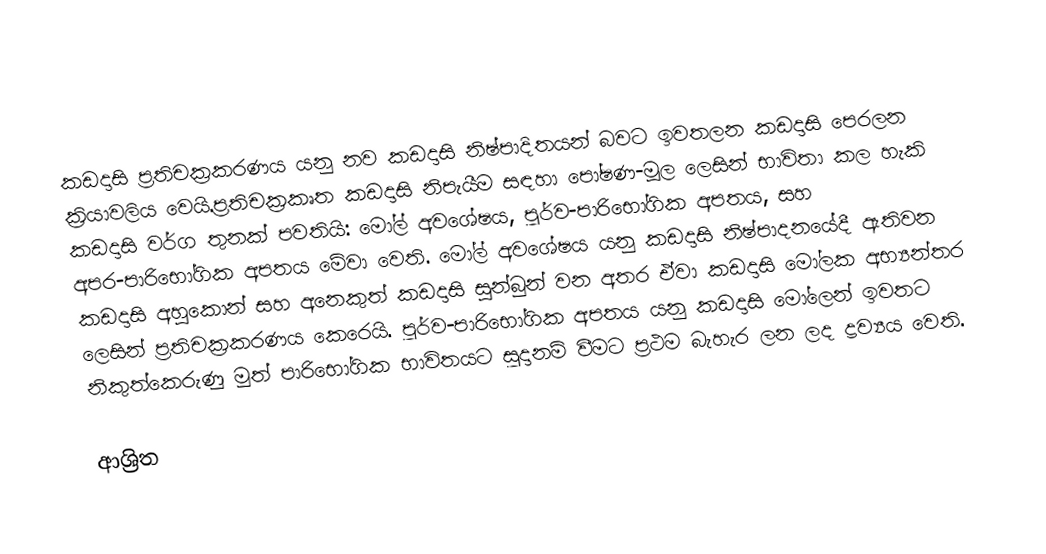
කඩදාසි ප්‍රතිචක්‍රකරණය යනු  නව කඩදාසි නිෂ්පාදිතයන් බවට ඉවතලන කඩදාසි පෙරලන ක්‍රියාවලිය වෙයි.ප්‍රතිචක්‍රකෘත කඩදාසි නිපැයීම සඳහා පෝෂණ-මූල ලෙසින් භාවිතා කල හැකි කඩදාසි වර්ග තුනක් පවතියි: මෝල් අවශේෂය, පූර්ව-පාරිභෝගික අපතය, සහ අපර-පාරිභෝගික අපතය මේවා වෙති.  මෝල් අවශේෂය යනු කඩදාසි නිෂ්පාදනයේදී ඇතිවන කඩදාසි අහුකොන් සහ අනෙකුත් කඩදාසි සුන්බුන් වන අතර ඒවා කඩදාසි මෝලක අභ්‍යන්තර ලෙසින් ප්‍රතිචක්‍රකරණය කෙරෙයි. පූර්ව-පාරිභෝගික අපතය යනු කඩදාසි මෝලෙන් ඉවතට නිකුත්කෙරුණු මුත් පාරිභෝගික භාවිතයට සූදානම් වීමට ප්‍රථම බැහැර ලන ලද ද්‍රව්‍යය වෙති.

ආශ්‍රිත